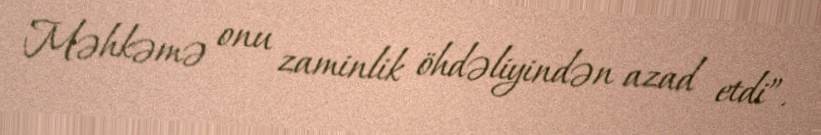
Məhkəmə onu zaminlik öhdəliyindən azad etdi”.